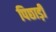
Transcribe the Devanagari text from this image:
पिछाड़ी